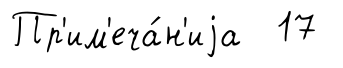
Пр'им'еча́н'иjа 17